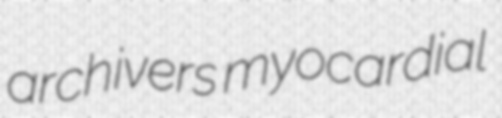
archivers myocardial